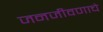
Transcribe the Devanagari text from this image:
जनजीवणाचे